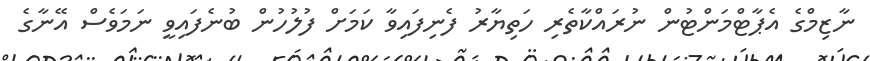
ނާޒިމްގެ އެޕާޓްމަންޓުން ނުރައްކާތެރި ހަތިޔާރު ފެނިފައިވާ ކަމަށް ފުލުހުން ބުނެފައިވީ ނަމަވެސް އޭނާގެ